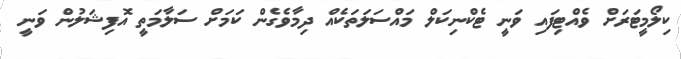
ކިލޯމީޓަރަށް ވެއްޓިފައި ވަނީ ޓެކްނިކަލް މައްސަލަތަކެއް ދިމާވެގެން ކަމަށް ސަލާމަތީ އޮފިޝަލުން ވަނީ